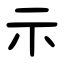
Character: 示